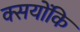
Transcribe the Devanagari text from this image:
क्सयोंकि